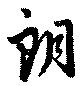
朗